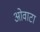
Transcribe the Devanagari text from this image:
ओवाटा